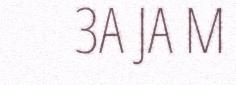
3A JA M